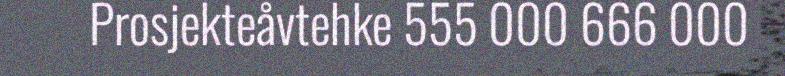
Prosjekteåvtehke 555 000 666 000